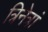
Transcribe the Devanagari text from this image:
त्रिनेत्रां